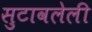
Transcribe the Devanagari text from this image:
सुटावलेली